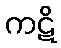
ကဋိ